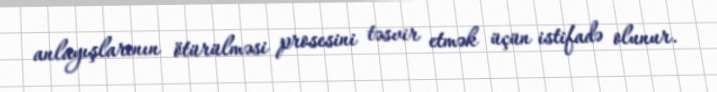
anlayışlarının ötürülməsi prosesini təsvir etmək üçün istifadə olunur.